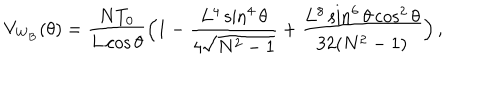
V _ { \mathrm { W _ { B } } } ( \theta ) = \frac { N T _ { 0 } } { L \cos { \theta } } \Bigl ( 1 - \frac { L ^ { 4 } \sin ^ { 4 } { \theta } } { 4 \sqrt { N ^ { 2 } - 1 } } + \frac { L ^ { 8 } \sin ^ { 6 } { \theta } \cos ^ { 2 } { \theta } } { 3 2 ( N ^ { 2 } - 1 ) } \Bigr ) \, ,